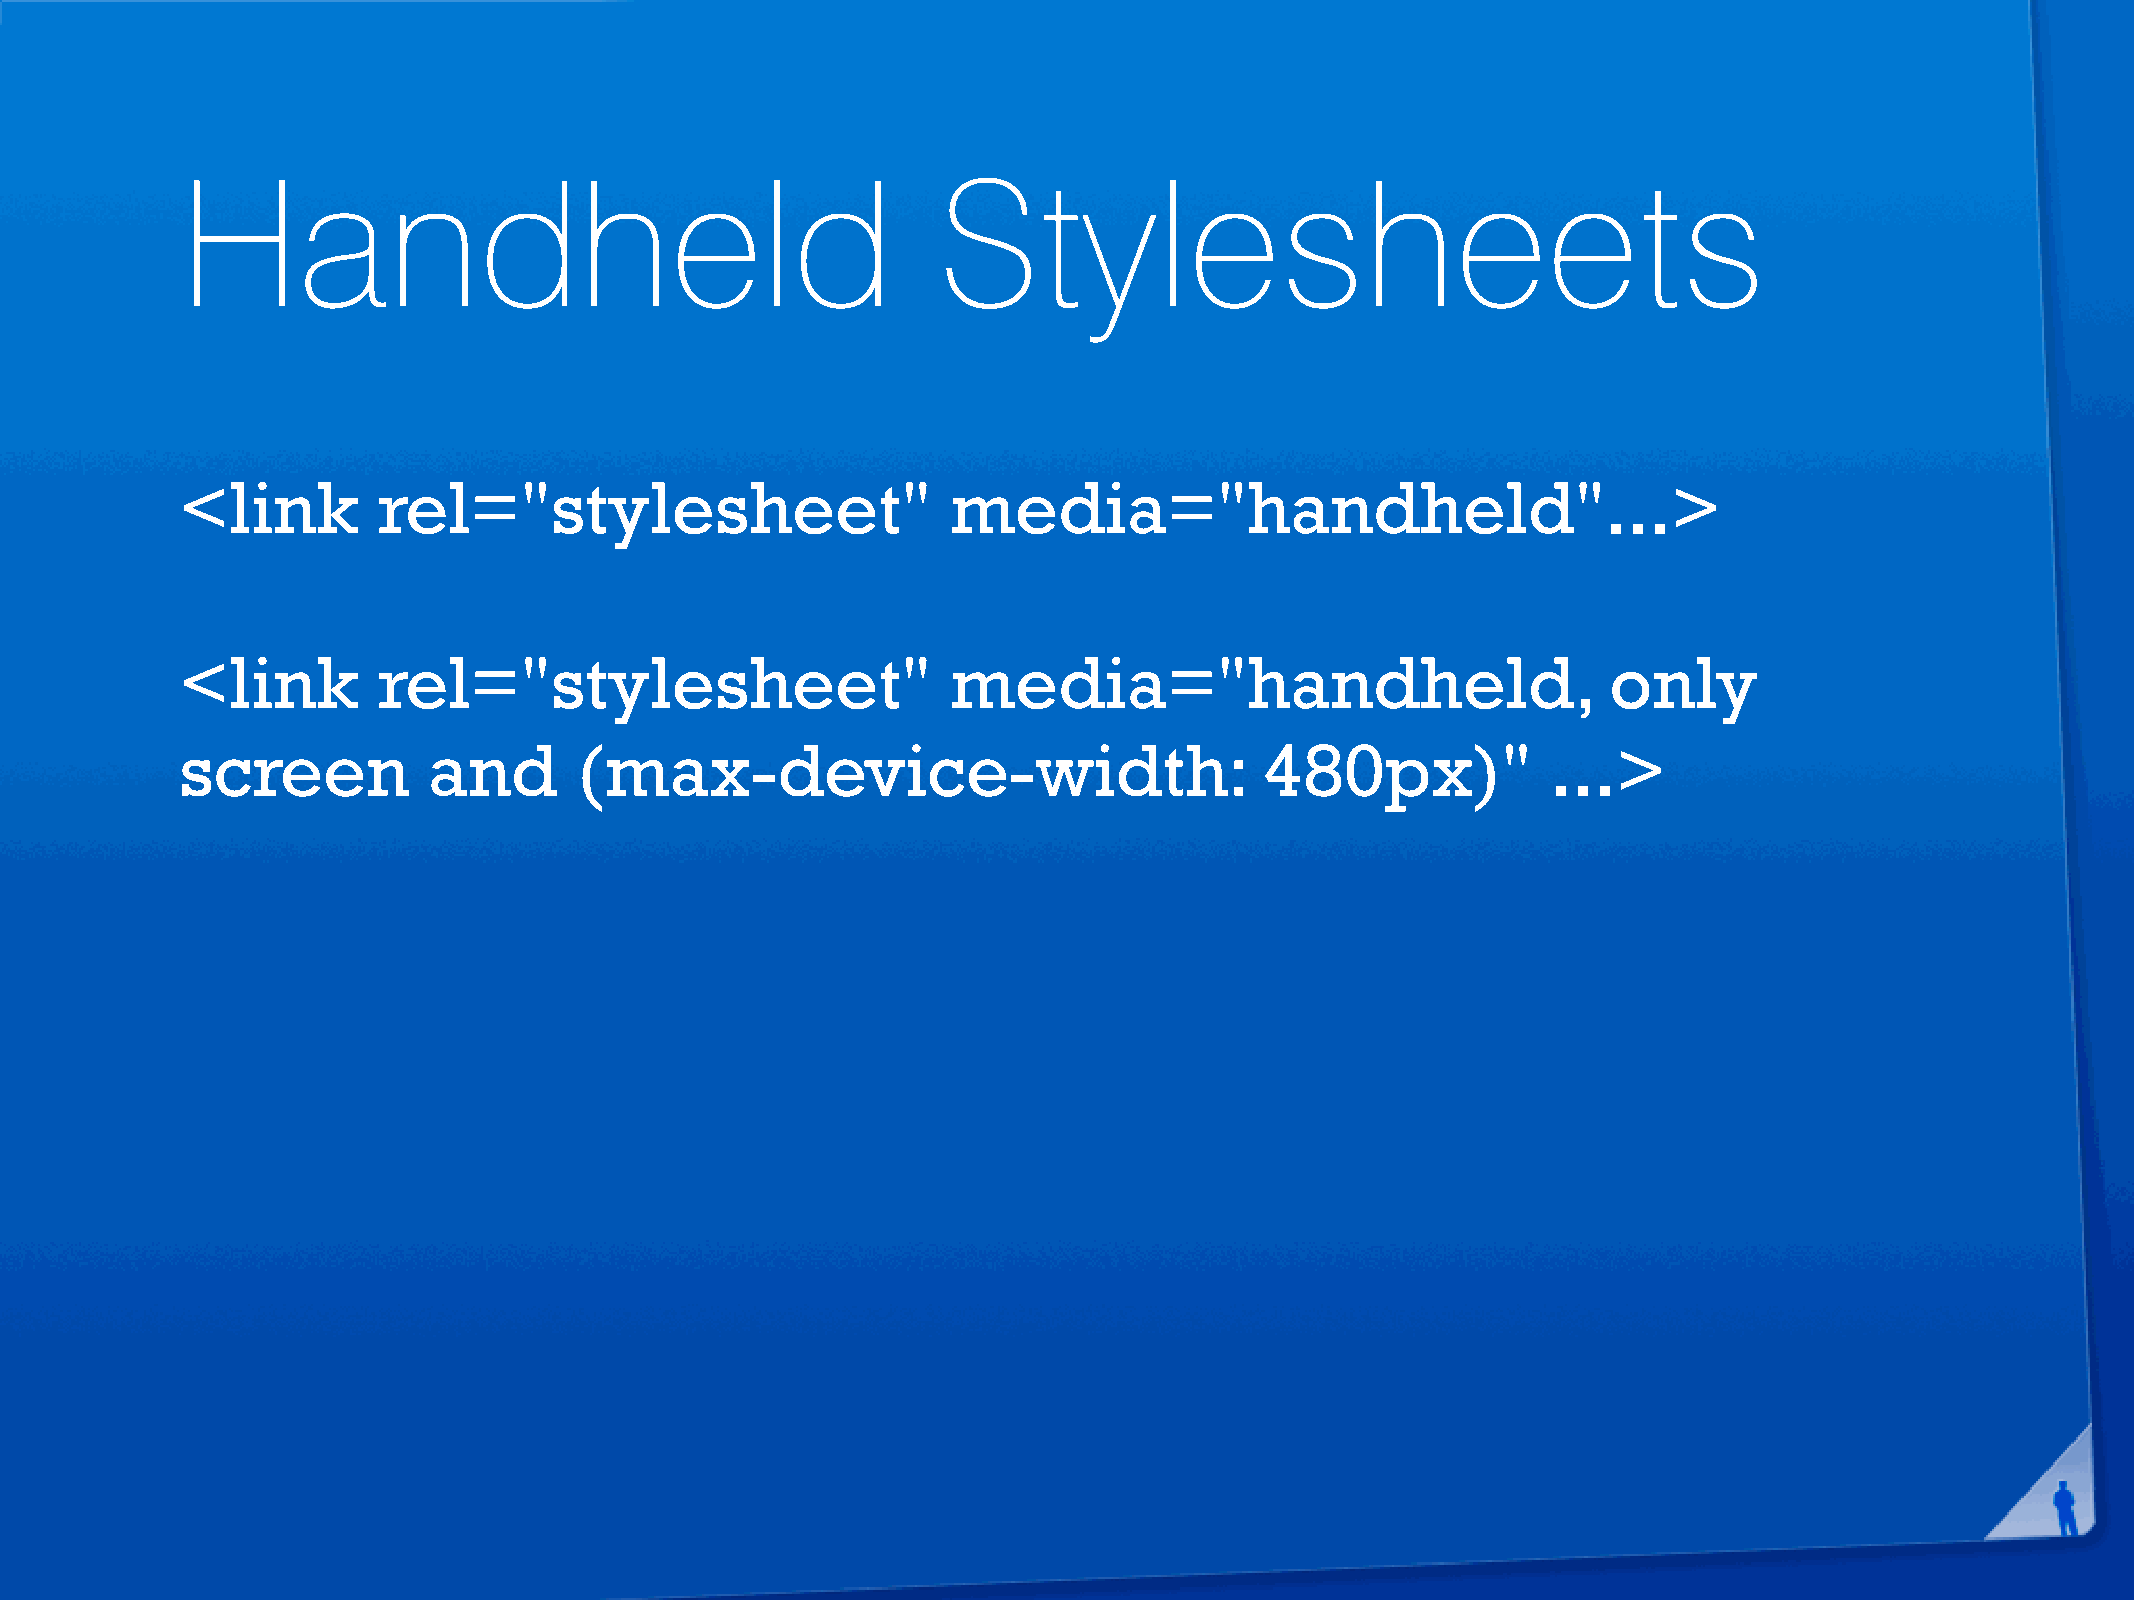
Handheld                                          Stylesheets
 <link        rel="stylesheet"                      media="handheld"...>
 <link        rel="stylesheet"                      media="handheld,                            only
 screen          and       (max-device-width:                            480px)"            ...>